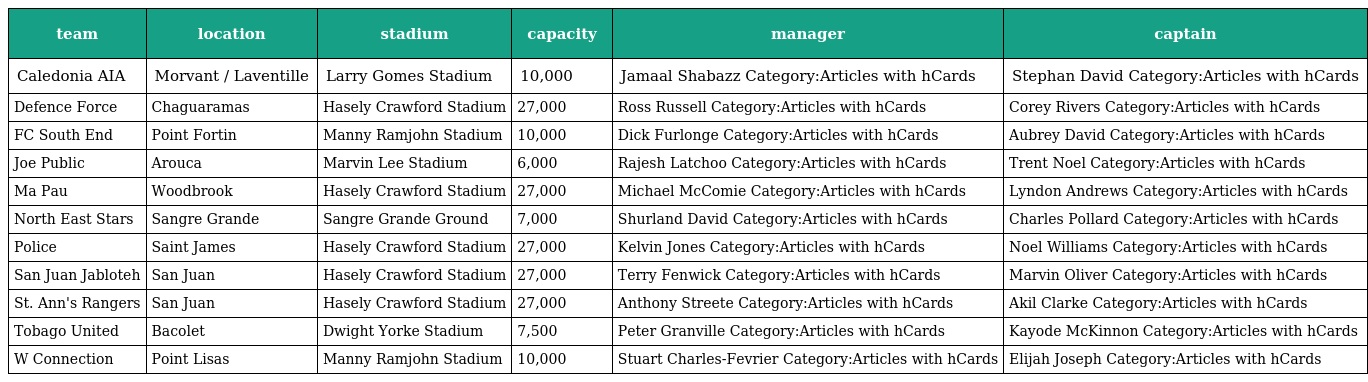
| team | location | stadium | capacity | manager | captain |
 | --- | --- | --- | --- | --- | --- |
 | Caledonia AIA | Morvant / Laventille | Larry Gomes Stadium | 10,000 | Jamaal Shabazz Category:Articles with hCards | Stephan David Category:Articles with hCards |
 | Defence Force | Chaguaramas | Hasely Crawford Stadium | 27,000 | Ross Russell Category:Articles with hCards | Corey Rivers Category:Articles with hCards |
 | FC South End | Point Fortin | Manny Ramjohn Stadium | 10,000 | Dick Furlonge Category:Articles with hCards | Aubrey David Category:Articles with hCards |
 | Joe Public | Arouca | Marvin Lee Stadium | 6,000 | Rajesh Latchoo Category:Articles with hCards | Trent Noel Category:Articles with hCards |
 | Ma Pau | Woodbrook | Hasely Crawford Stadium | 27,000 | Michael McComie Category:Articles with hCards | Lyndon Andrews Category:Articles with hCards |
 | North East Stars | Sangre Grande | Sangre Grande Ground | 7,000 | Shurland David Category:Articles with hCards | Charles Pollard Category:Articles with hCards |
 | Police | Saint James | Hasely Crawford Stadium | 27,000 | Kelvin Jones Category:Articles with hCards | Noel Williams Category:Articles with hCards |
 | San Juan Jabloteh | San Juan | Hasely Crawford Stadium | 27,000 | Terry Fenwick Category:Articles with hCards | Marvin Oliver Category:Articles with hCards |
 | St. Ann's Rangers | San Juan | Hasely Crawford Stadium | 27,000 | Anthony Streete Category:Articles with hCards | Akil Clarke Category:Articles with hCards |
 | Tobago United | Bacolet | Dwight Yorke Stadium | 7,500 | Peter Granville Category:Articles with hCards | Kayode McKinnon Category:Articles with hCards |
 | W Connection | Point Lisas | Manny Ramjohn Stadium | 10,000 | Stuart Charles-Fevrier Category:Articles with hCards | Elijah Joseph Category:Articles with hCards |